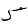
Digit: 5